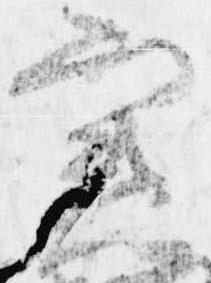
実